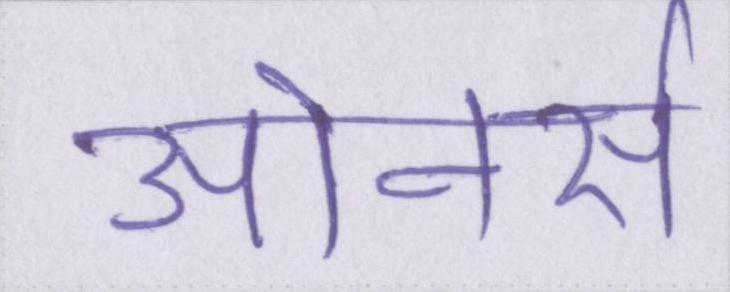
ओनर्स